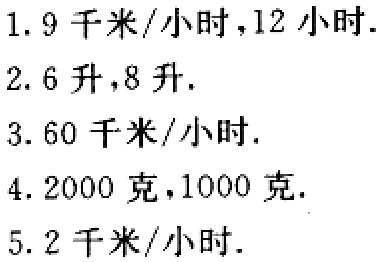
1. 9千米/小时，12小时.

2. 6升，8升.

3. 60千米/小时.

4. 2000克，1000克.

5. 2千米/小时.